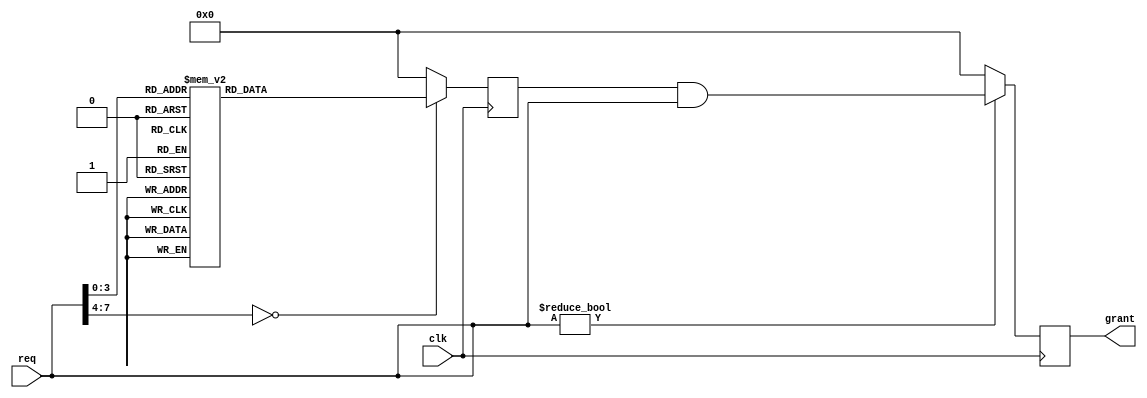
module weighted_arbiter (
    input wire clk,                  // Clock signal
    input wire [NUM_INPUTS-1:0] req, // Input requests
    output reg [NUM_INPUTS-1:0] grant // Output grant
);

// Parameters
parameter NUM_INPUTS = 8;          // Number of input sources

// Signals
reg [NUM_INPUTS-1:0] weights;       // Priority weights for each input request
reg [NUM_INPUTS-1:0] next_grant;    // Next grant signal
reg [NUM_INPUTS-1:0] grant_dly;     // Delayed grant signal for synchronization

always @ (posedge clk) begin
    // Update weights based on priority level
    case (req)
        4'd15: weights <= 8'd255;  // Highest priority
        4'd14: weights <= 8'd200;  
        4'd13: weights <= 8'd150;
        4'd12: weights <= 8'd100;
        4'd11: weights <= 8'd75;
        4'd10: weights <= 8'd50;
        4'd9:  weights <= 8'd25;
        4'd8:  weights <= 8'd10;   // Lowest priority
        default: weights <= 8'd0;   // No request
    endcase
    
    // Implement weighted arbiter logic
    if (req != 4'd0) begin
        next_grant = weights & req;
        grant <= next_grant;
    end else begin
        grant <= 0;
    end
end

// Synchronize grant signal with clock
always @ (posedge clk) begin
    grant_dly <= grant;
end

endmodule